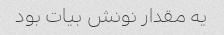
یه مقدار نونش بیات بود